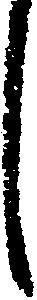
し